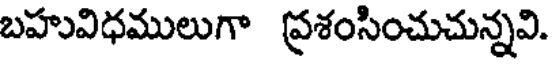
బహువిధములుగా ప్రశంసించుచున్నవి.